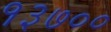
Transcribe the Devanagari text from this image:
१३७००